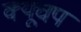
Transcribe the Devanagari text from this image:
क्यूचप